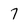
Character: 7